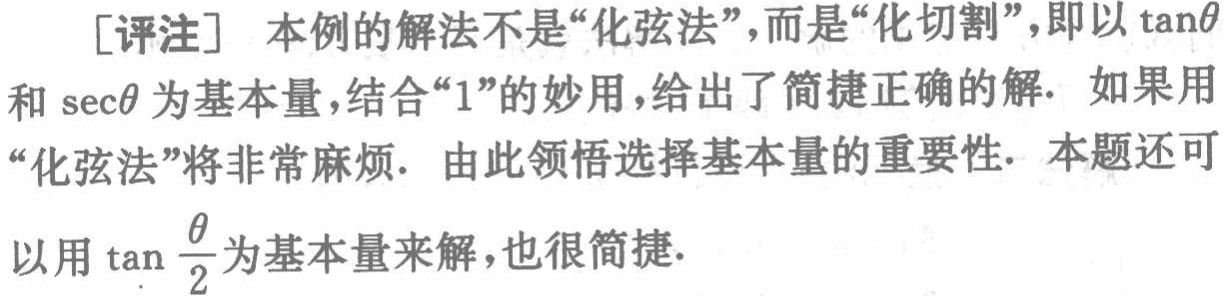
[评注] 本例的解法不是“化弦法”，而是“化切割”，即以\(\tan\theta\)和\(\sec\theta\)为基本量，结合“1”的妙用，给出了简捷正确的解. 如果用“化弦法”将非常麻烦. 由此领悟选择基本量的重要性. 本题还可以用\(\tan\frac{\theta}{2}\)为基本量来解，也很简捷.